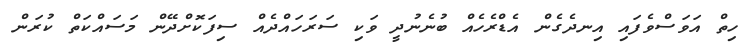
ހިތް އަވަސްވެފައި އިނދެގެން އެޑްރެހެއް ބުނެނުދީ ވަކި ސަރަހައްދެއް ސިފަކޮށްދޭން މަސައްކަތް ކުރަން